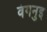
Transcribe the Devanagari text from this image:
वंगनुइ